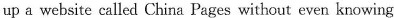
up a website called China Pages without even knowing